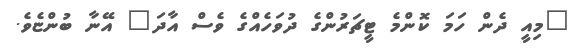
"މިއީ ދެން ހަމަ ކޮންމެ ޓީޗަރުންގެ ދުވަހެއްގެ ވެސް އާދަ" އޭނާ ބުންޏެވެ.